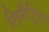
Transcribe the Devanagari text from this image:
लिमैट्रिया